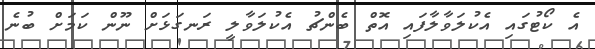
އެ ކޯޓުގައި އެކުލަވާލާފައި އޮތް ބެންޗު އެކުލަވާލީ ރަނގަޅަށް ނޫން ކަމަށް ބުނެ